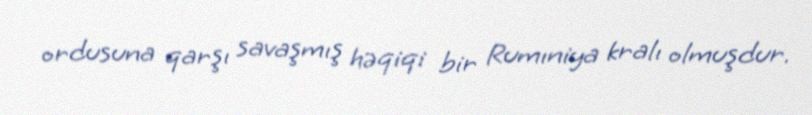
ordusuna qarşı savaşmış həqiqi bir Rumıniya kralı olmuşdur.